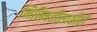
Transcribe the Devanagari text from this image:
निस्र्मितीसाठीही